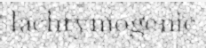
lachrymogenic